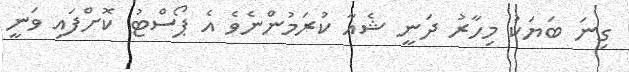
ގިނަ ބަޔަކު މިހާރު ދަނީ ޝެއާ ކުރަމުންނެވެ އެ ޕޯސްޓު ކޮށްފައި ވަނީ